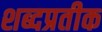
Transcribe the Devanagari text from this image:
शब्दप्रतीक